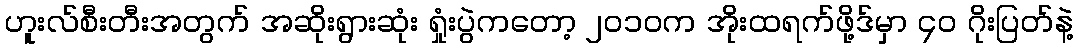
ဟူးလ်စီးတီးအတွက် အဆိုးရွားဆုံး ရှုံးပွဲကတော့ ၂၀၁၀က အိုးထရက်ဖို့ဒ်မှာ ၄၀ ဂိုးပြတ်နဲ့